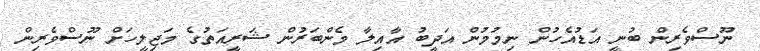
ނޫސްވެރިން ބުނީ އަޑުއެހުން ނިމުމުން އަދީބު އާއިލާ މެންބަރުން ޝަރީއަތުގެ މަޖިލީހަށް ނޫސްވެރިން